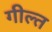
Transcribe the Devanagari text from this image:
गील्त